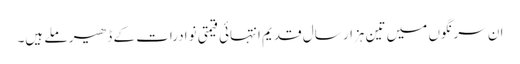
ان سرنگوں میں تین ہزار سال قدیم انتہائی قیمتی نوادرات کے ڈھیر ملے ہیں۔